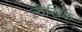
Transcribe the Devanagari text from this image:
लेखिक